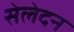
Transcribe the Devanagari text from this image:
सेलेदन